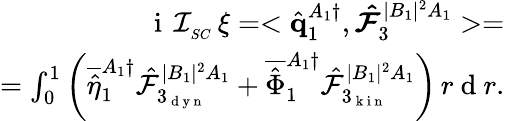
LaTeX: \begin{array}{r}{\mathrm{~i~}\, \mathcal{I}_{_{SC}}\, \xi=<\hat{\mathbf{q}}_{1}^{A_{1}\dagger},\boldsymbol{\hat{\mathcal{F}}}_{3}^{|B_{1}|^{2}A_{1}}>=}\\ {=\int_{0}^{1}\left(\overline{{\hat{\eta}}}_{1}^{A_{1}\dagger}\hat{\mathcal{F}}_{3_{\mathrm{~d~y~n~}}}^{|B_{1}|^{2}A_{1}}+\overline{{\hat{\Phi}}}_{1}^{A_{1}\dagger}\hat{\mathcal{F}}_{3_{\mathrm{~k~i~n~}}}^{|B_{1}|^{2}A_{1}}\right)\, r\mathrm{~d~}r.}\end{array}